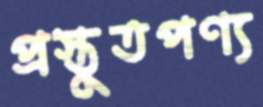
প্রস্তুতপণ্য